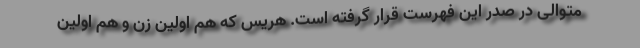
متوالی در صدر این فهرست قرار گرفته است. هریس که هم اولین زن و هم اولین